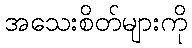
အသေးစိတ်များကို